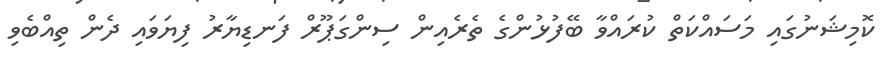
ކޮމިޝަނުގައި މަސައްކަތް ކުރައްވާ ބޭފުޅުންގެ ތެރެއިން ސިންގަޕޫރް ފަނޑިޔާރު ފިޔަވައި ދެން ތިއްބެވި